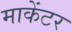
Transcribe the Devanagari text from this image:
माकेंटर